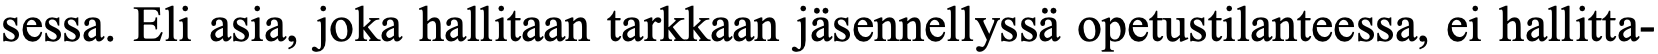
sessa. Eli asia, joka hallitaan tarkkaan jäsennellyssä opetustilanteessa, ei hallitta-